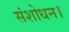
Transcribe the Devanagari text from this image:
संशोधन।